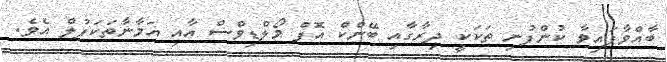
ބާއްވާފައިވާ ކުންފުނި ތަކަކީ ދިރާގާއި ބޭންކް އޮފް މޯލްޑިވްސް އާއި އަމާނާތަކަފުލް އެވެ.